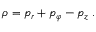
\rho = p _ { r } + p _ { \varphi } - p _ { z } \; .